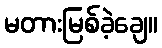
မတားမြစ်ခဲ့ချေ။